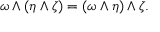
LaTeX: \omega \wedge ( \eta \wedge \zeta ) = ( \omega \wedge \eta ) \wedge \zeta .